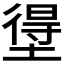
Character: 𭏢